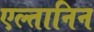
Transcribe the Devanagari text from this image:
एल्तानिन